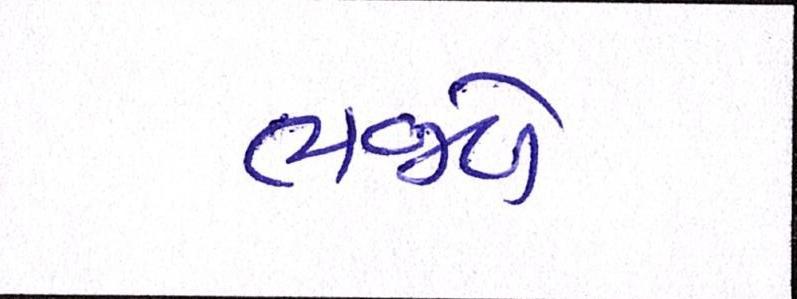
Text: ભજવે